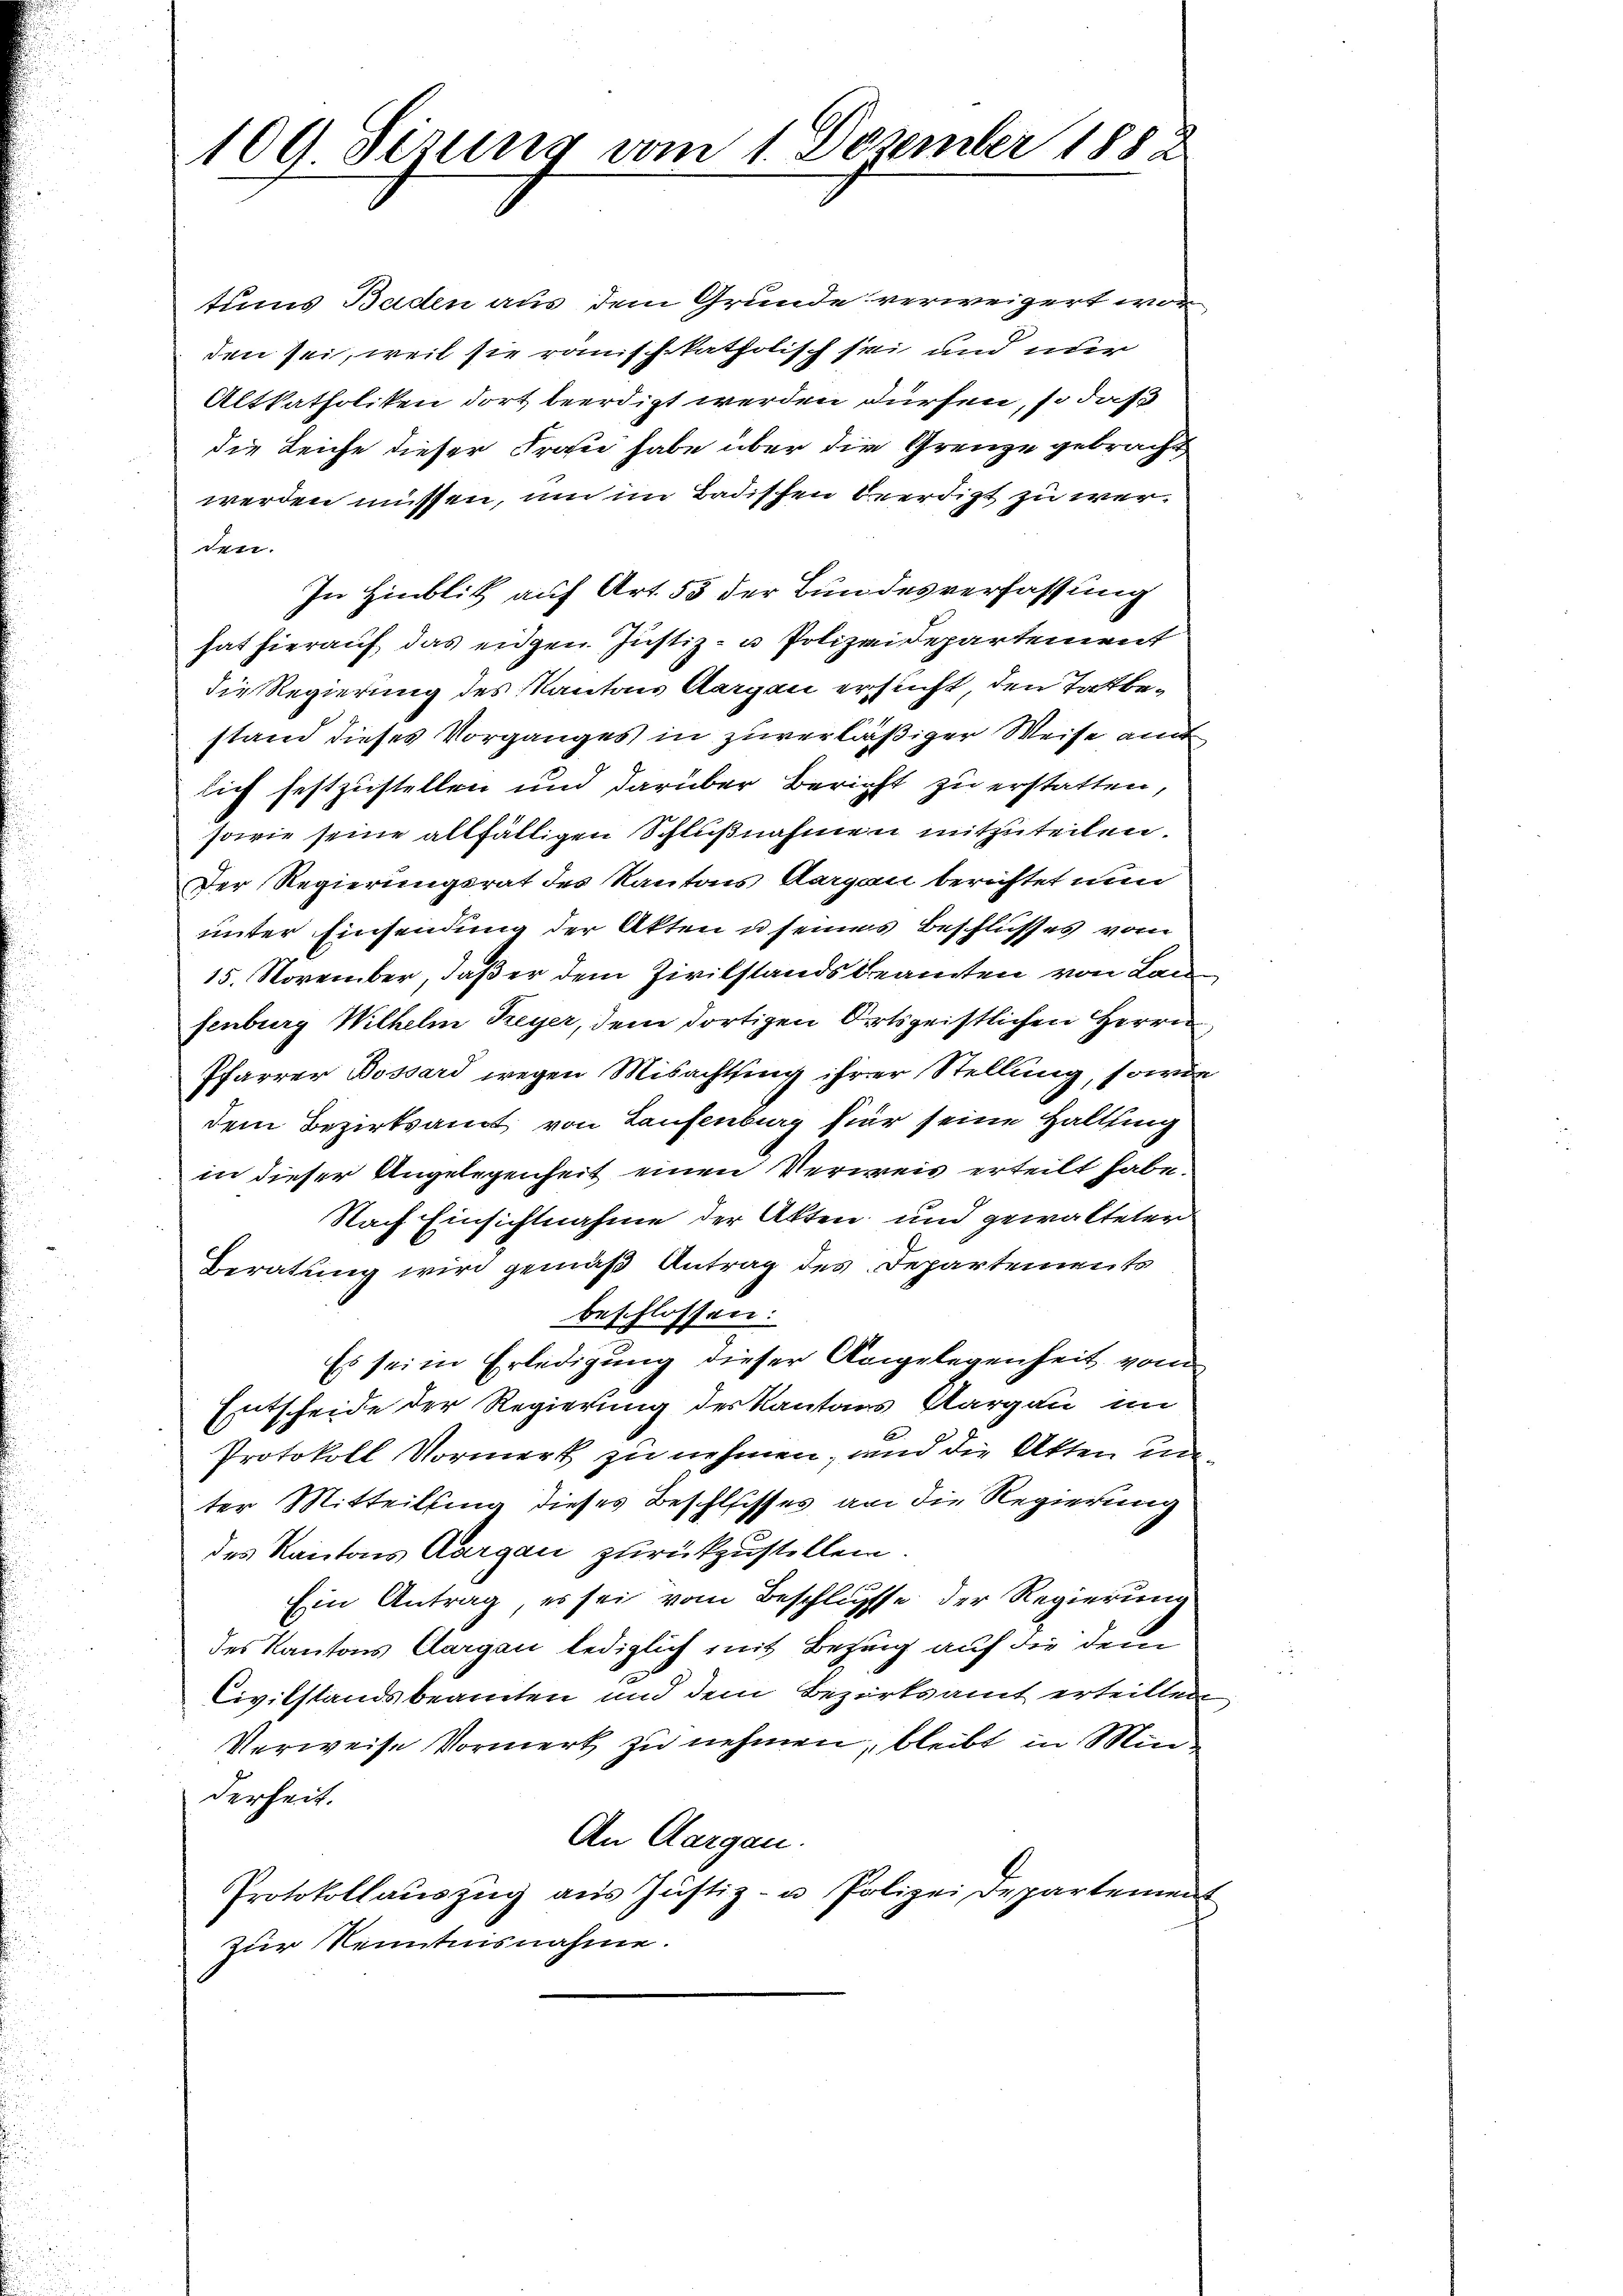
109 Sizung vom 1. Dezember 1882

tums Baden aus dem Grunde verweigert wor
den sei, weil sie römisch-katholisch sei und nur
Altkatholiken dort beerdigt werden dürfen, so daß
die Leiche dieser Fraue habe über die Grenze gebracht
werden müssen, um im Badischen beerdigt zu werden.
In Hinblik auf Art. 55 der Bundesverfassung
hat hierauf das eidgen. Justiz- u Polizeidepartement
die Regierung des Kantons Aargau ersucht, den Tatbestand dieses Vorganges in zuverläßiger Weise amt
lich festzustellen und darüber Bericht zu erstatten,
sowie seine allfälligen Schlußnahmen mitzuteilen.
Der Regierungsrat des Kantons Aargau berichtet nun
unter Einsendung der Akten u seines Beschlusses vom
15. November, daß er dem Zivilstandsbeamten von Lan
fenburg Wilhelm Freyer, dem dortigen Ortsgeistlichen Herrn
Pfarrer Bossard wegen Misachtsing ihrer Stellung, sowie
dem Bezirksamt von Laufenburg für seine Haltung
in dieser Angelegenheit einen Verweis erteilt habe.
Nach Einsichtnahme der Akten und gewalteter
Beratung wird gemäß Antrag des Departements
beschlossen:
Es sei in Erledigung dieser Angelegenheit vom
Entscheide der Regierung des Kantons Aargau im
Protokoll Vormerk zu nehmen, und die Akten unter Mitteilung dieses Beschlisses an die Regierung
des Kantons Aargau zurückzustellen.
Ein Antrag, es sei vom Beschlusse der Regierung
des Kantons Aargau lediglich mit Bezug auf die dem
Civilstandsbeamten und dem Bezirksamt erteilten
Verweise Vormerk zu nehmen, bleibt in Minderheit.
An Aargau.
Protokollauszug aus Justiz- u Polizei Departement
zur Kenntnisnahme.

s